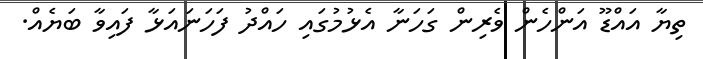
ތިޔާ އައްޑޫ އަންހެން ވެރިން ގަހަނާ އެޅުމުގައި ހައްދު ފަހަނައަޅާ ފައިވާ ބަޔެއް.